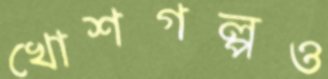
খোশগল্পও